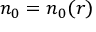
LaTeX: n _ { 0 } = n _ { 0 } ( r )